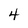
Character: 4